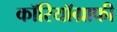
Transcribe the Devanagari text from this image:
कॉरियॉग्राफी